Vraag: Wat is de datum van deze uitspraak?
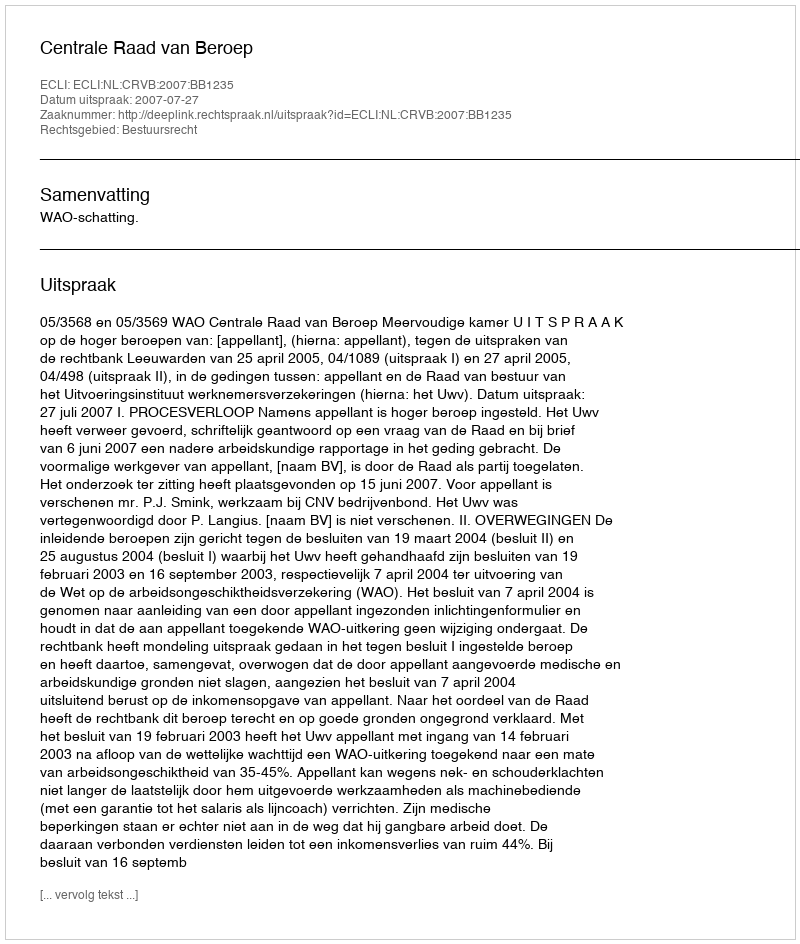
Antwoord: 2007-07-27